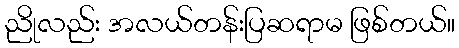
ညိုလည်း အလယ်တန်းပြဆရာမ ဖြစ်တယ်။